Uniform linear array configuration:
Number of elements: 12
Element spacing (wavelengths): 0.25
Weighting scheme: cosine
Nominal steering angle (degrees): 30
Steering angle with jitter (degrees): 31.628
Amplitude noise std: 0.05
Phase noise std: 0.05

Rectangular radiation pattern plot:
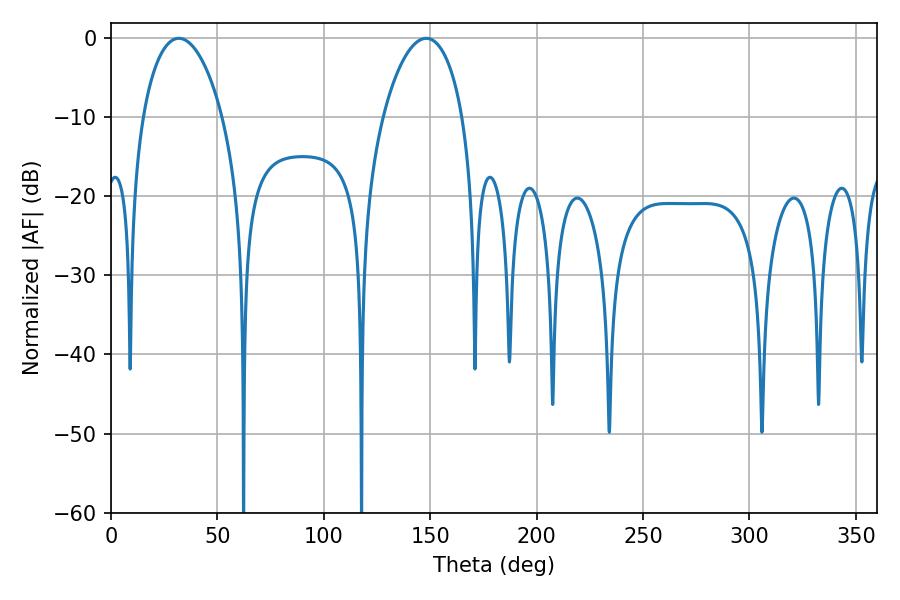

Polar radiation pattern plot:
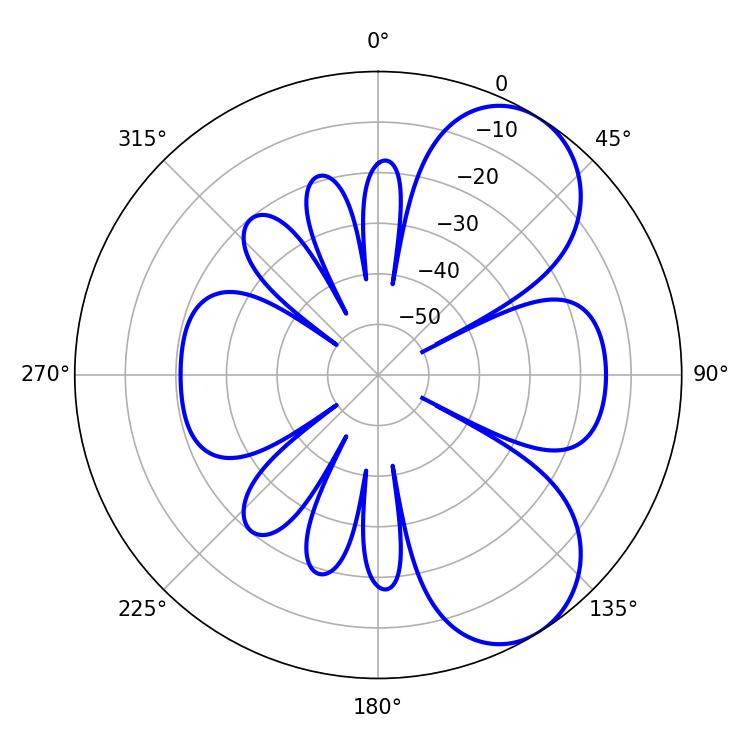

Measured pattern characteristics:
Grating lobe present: FALSE
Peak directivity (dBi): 6.723
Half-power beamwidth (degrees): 21.24
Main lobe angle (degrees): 31.86